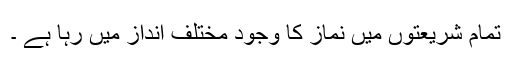
تمام شریعتوں میں نماز کا وجود مختلف انداز میں رہا ہے ۔